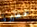
حظيرة